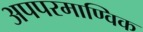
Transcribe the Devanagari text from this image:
अपपरमाण्विक